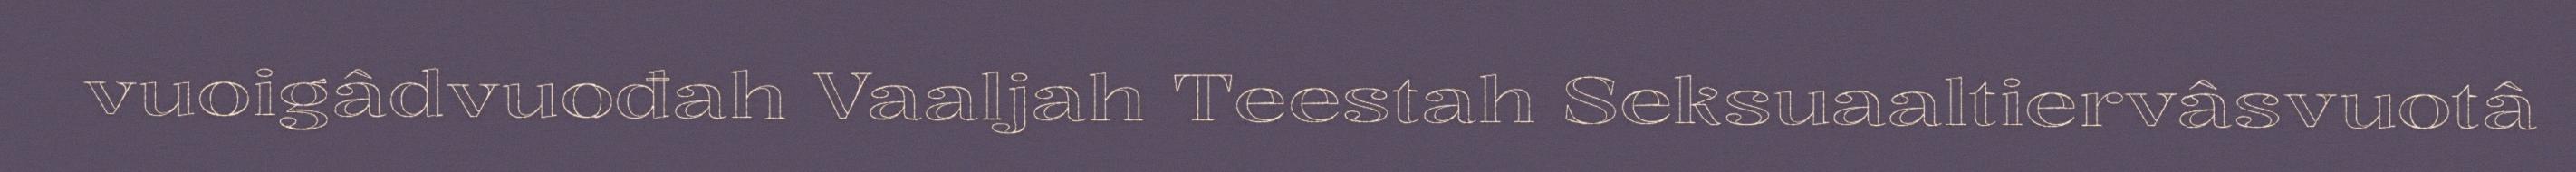
vuoigâdvuođah Vaaljah Teestah Seksuaaltiervâsvuotâ